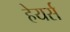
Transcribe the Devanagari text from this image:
हेयर्स